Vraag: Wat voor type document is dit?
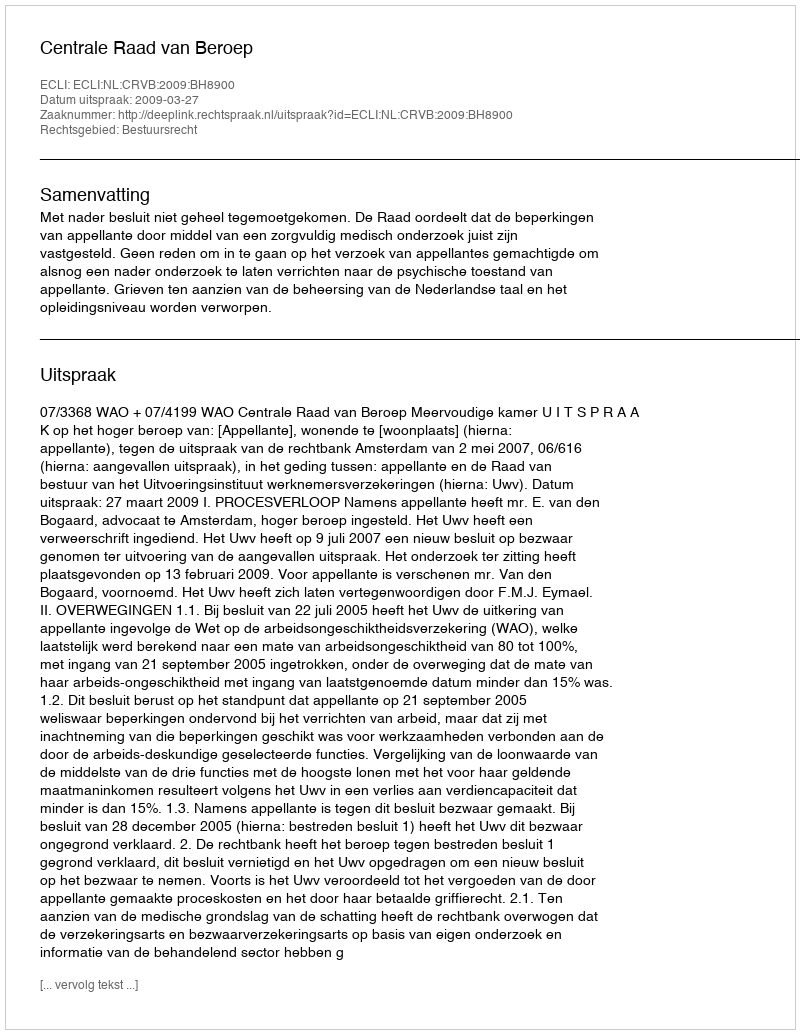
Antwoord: Uitspraak